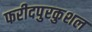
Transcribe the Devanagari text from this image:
फरीदपुरकुशल